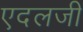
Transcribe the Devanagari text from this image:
एदलजी